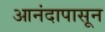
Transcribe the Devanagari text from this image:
आनंदापासून